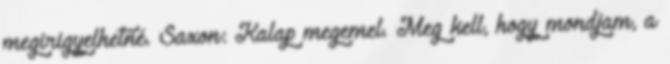
megirigyelhetné. Saxon: Kalap megemel. Meg kell, hogy mondjam, a